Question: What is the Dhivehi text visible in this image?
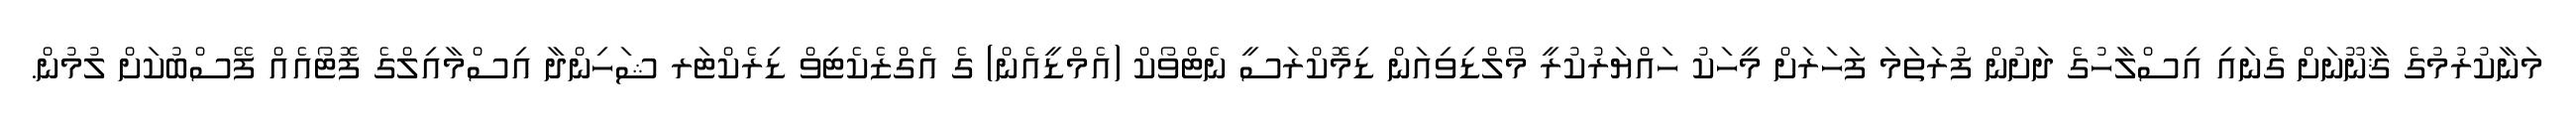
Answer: މަނާކުރުމުގެ ޤާނޫނަށް ގެނައި އިސްލާހުގެ ދަށުން ފުރަތަމަ ފަހަރަށް މީހަކު ހައްޔަރުކުރީ މޯލްޑިވިއަން ޑިމޮކްރަސީ ނެޓްވޯކް (އެމްޑީއެން) ގެ އެގްޒެކެޓިވް ޑިރެކްޓަރ ޝަހިންދާ އިސްމާއިލްގެ ފޮޓޯއެއް ފޭސްބުކަށް ލުމުން.